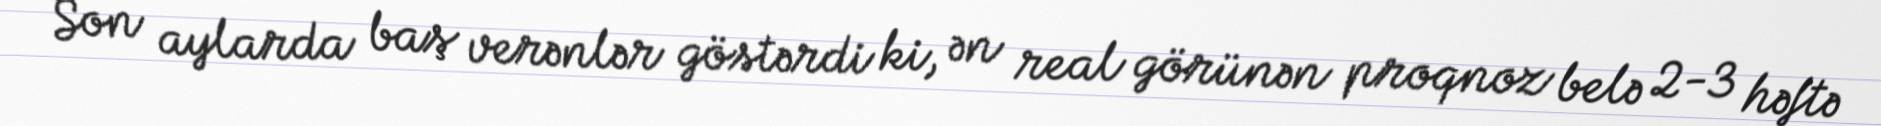
Son aylarda baş verənlər göstərdi ki, ən real görünən proqnoz belə 2-3 həftə